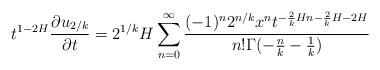
LaTeX: \begin{align*} t^{1-2H}\frac{\partial u_{2/k}}{\partial t}&= 2^{1/k}H \sum_{n=0}^{\infty}\frac{(-1)^n 2^{n/k} x^n t^{-\frac{2}{k}Hn-\frac{2}{k}H-2H}}{n!\Gamma(-\frac{n}{k}-\frac{1}{k})} \end{align*}